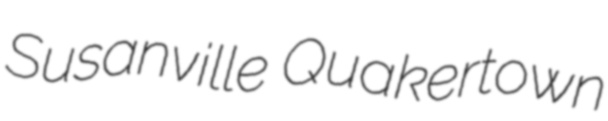
Susanville Quakertown